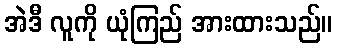
အဲဒီ လူကို ယုံကြည် အားထားသည်။